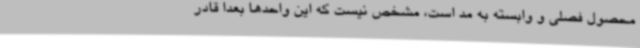
محصول فصلی و وابسته به مد است، مشخص نیست که این واحدها بعداً قادر